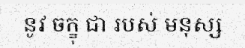
នូវ ចក្ខុ ជា របស់ មនុស្ស